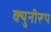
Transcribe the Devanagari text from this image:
क्युनीरूप